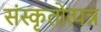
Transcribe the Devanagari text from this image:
संस्कृतोत्पन्न